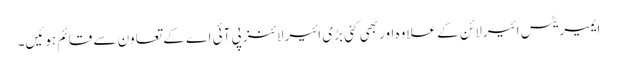
ایمیریٹس ائیرلائن کے علاوہ اور بھی کئی بڑی ائیرلائنز پی آئی اے کے تعاون سے قائم ہوئیں۔